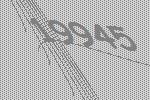
19945